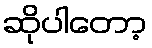
ဆိုပါတော့